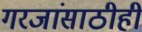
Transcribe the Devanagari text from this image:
गरजांसाठीही